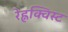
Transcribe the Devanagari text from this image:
रेह्नक्विस्ट